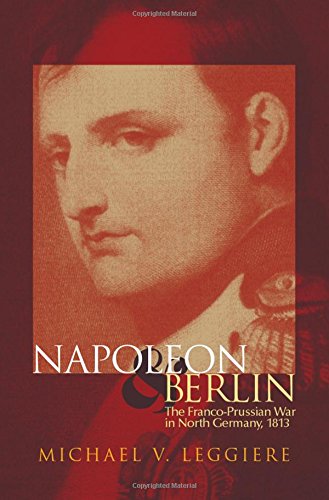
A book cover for Napoleon and Berlin: The Franco-Prussian War in North Germany, 1813 (Campaigns and Commanders Series); Michael V. Leggiere; History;